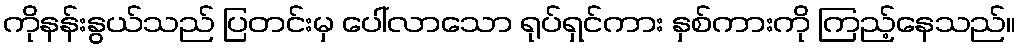
ကိုနန်းနွယ်သည် ပြတင်းမှ ပေါ်လာသော ရုပ်ရှင်ကား နှစ်ကားကို ကြည့်နေသည်။